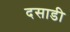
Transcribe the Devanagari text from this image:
दसाडी